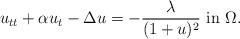
LaTeX: \begin{align*} u_{tt}+\alpha u_{t}-\Delta u = -\frac{\lambda}{(1+u)^{2}} \,\, {\rm in}\,\, \Omega. \end{align*}